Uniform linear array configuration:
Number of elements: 4
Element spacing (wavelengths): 0.75
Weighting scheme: uniform
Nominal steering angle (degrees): -60
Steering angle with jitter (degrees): -61.961
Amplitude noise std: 0.05
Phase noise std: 0.05

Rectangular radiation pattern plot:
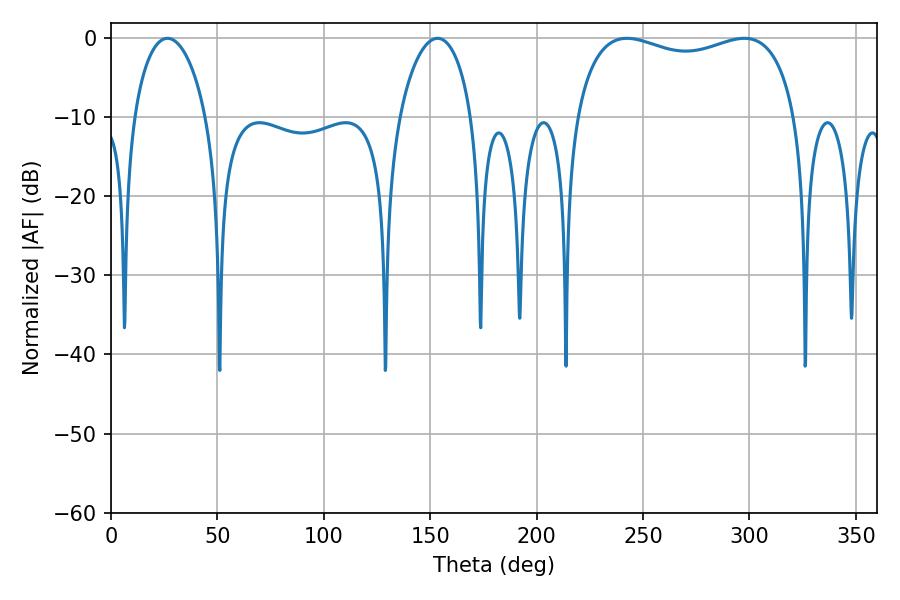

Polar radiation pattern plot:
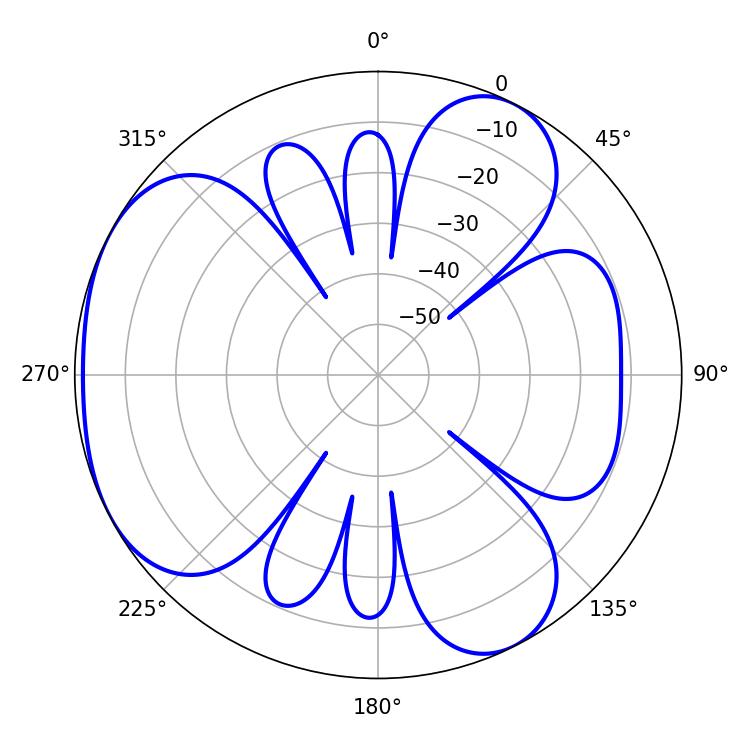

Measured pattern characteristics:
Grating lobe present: TRUE
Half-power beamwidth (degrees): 85.32
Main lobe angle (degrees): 242.46